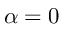
\alpha = 0